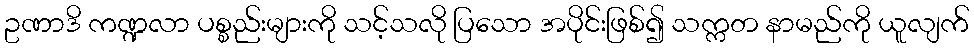
ဥဏာဒိ ကဏ္ဍလာ ပစ္စည်းများကို သင့်သလို ပြသော အပိုင်းဖြစ်၍ သက္ကတ နာမည်ကို ယူလျက်